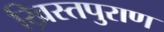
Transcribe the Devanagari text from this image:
ख्रिस्तपुराण